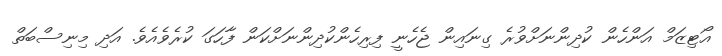
އޯޓިޒަމް އަންހެން ކުދިންނަށްވުރެ ގިނައިން ޖެހެނީ ފިރިހެންކުދިންނަށްކަން ފާހަގަ ކުރެވެއެވެ. އަދި މިނިސްބަތް